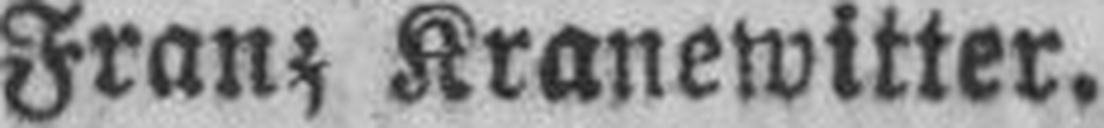
Franz Kranewitter.